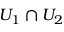
U _ { 1 } \cap U _ { 2 }